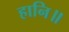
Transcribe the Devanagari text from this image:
हानि॥